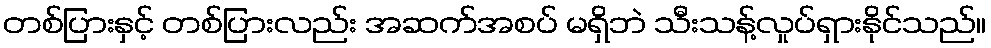
တစ်ပြားနှင့် တစ်ပြားလည်း အဆက်အစပ် မရှိဘဲ သီးသန့်လှုပ်ရှားနိုင်သည်။